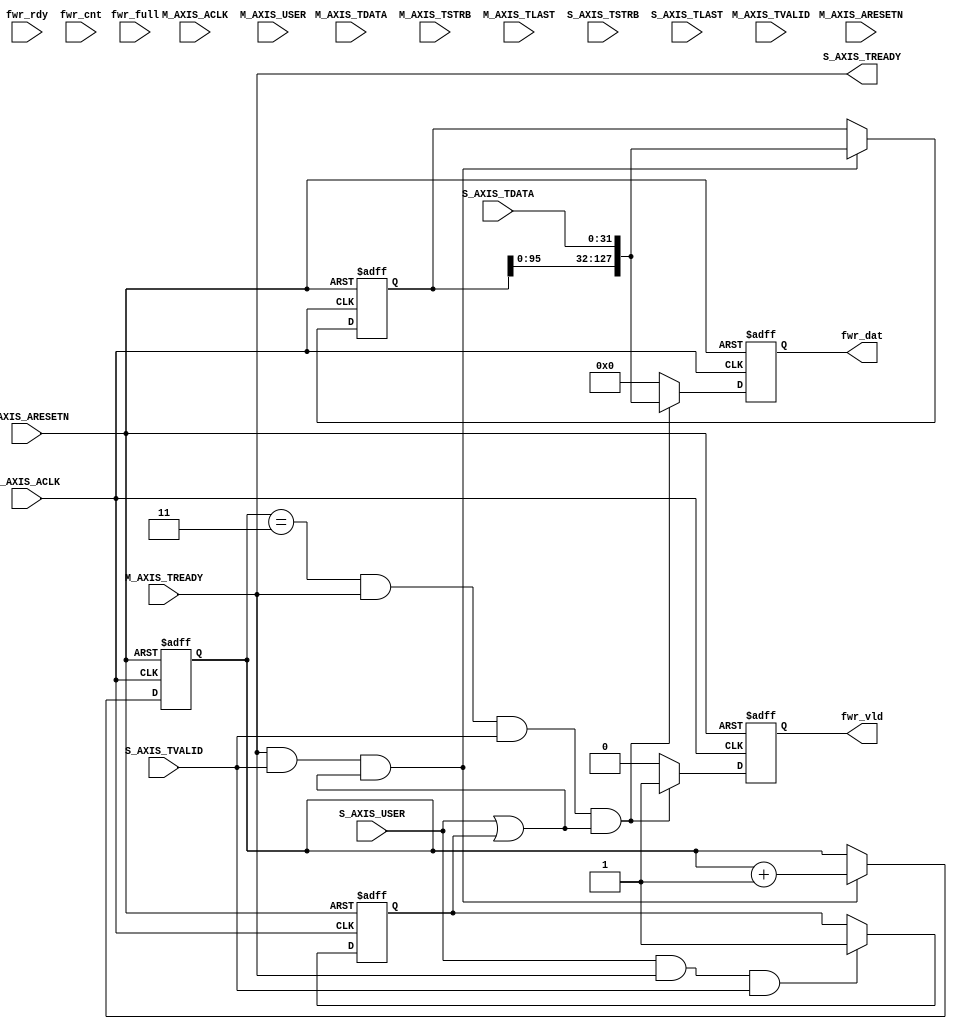
`timescale 1ns / 1ps
//////////////////////////////////////////////////////////////////////////////////
// Company: 
// Engineer: 
// 
// Design Name: 
// Module Name: axis2fifo
// Project Name: 
// Target Devices: 
// Tool Versions: 
// Description: 
// 
// Dependencies: 
// 
// Revision:
// Revision 0.01 - File Created
// Additional Comments:
// 
//////////////////////////////////////////////////////////////////////////////////


module axis2fifo#(
        //the max depth of the fifo: 2^FIFO_AW
        parameter FAW           = 8
		// AXI4Stream sink: Data Width
    ,   parameter AXIS_DATA_WIDTH	= 32
		// AXI4 sink: Data Width as same as the data depth of the fifo
    ,   parameter AXI4_DATA_WIDTH   = 128
)(
//----------------------------------------------------
// AXIS maxter port
	// Global ports
	    input wire M_AXIS_ACLK
	,   input wire M_AXIS_ARESETN
	// Master Stream Ports. TVALID indicates that the master is driving a valid transfer, A transfer takes place when both TVALID and TREADY are asserted.
	,   input wire M_AXIS_TVALID
	// TDATA is the primary payload that is used to provide the data that is passing across the interface from the master.
	,   input wire [AXIS_DATA_WIDTH-1 : 0] M_AXIS_TDATA
	// TSTRB is the byte qualifier that indicates whether the content of the associated byte of TDATA is processed as a data byte or a position byte.
	,   input wire [(AXIS_DATA_WIDTH/8)-1 : 0] M_AXIS_TSTRB
	// TLAST indicates the boundary of a packet.
	,   input wire M_AXIS_TLAST
	// TREADY indicates that the slave can accept a transfer in the current cycle.
	,   input wire M_AXIS_TREADY

	,   input wire M_AXIS_USER

//----------------------------------------------------
// AXIS slave port
    // AXI4Stream sink: Clock
    ,   input wire  S_AXIS_ACLK
    // AXI4Stream sink: Reset
    ,   input wire  S_AXIS_ARESETN
    // Ready to accept data in
    ,   output wire  S_AXIS_TREADY
    // Data in
    ,   input wire [AXIS_DATA_WIDTH-1 : 0] S_AXIS_TDATA
    // Byte qualifier
    ,   input wire [(AXIS_DATA_WIDTH/8)-1 : 0] S_AXIS_TSTRB
    // Indicates boundary of last packet
    ,   input wire  S_AXIS_TLAST
    // Data is in valid
    ,   input wire  S_AXIS_TVALID

    ,   input wire  S_AXIS_USER

//----------------------------------------------------
// FIFO forward: address related
    ,   input   wire fwr_rdy  
    ,   output  reg fwr_vld  
    ,   output  reg  [AXI4_DATA_WIDTH-1:0]     fwr_dat  
    ,   input   wire fwr_full
    ,   input   wire [FAW:0] fwr_cnt 
);
localparam data_interval = AXI4_DATA_WIDTH/AXIS_DATA_WIDTH;

assign  S_AXIS_TREADY = M_AXIS_TREADY;

reg     [$clog2(data_interval)-1 : 0]   data_buf_cnt;
reg     [AXI4_DATA_WIDTH-1 : 0]         fifo_data_buf;

reg     frame_valid = 0;

always@(posedge S_AXIS_ACLK or negedge S_AXIS_ARESETN) begin
    if(!S_AXIS_ARESETN) begin
        frame_valid     <=  0;
    end
    else if(S_AXIS_USER & S_AXIS_TREADY & S_AXIS_TVALID) begin
        frame_valid     <=  1;
    end
end

always@(posedge S_AXIS_ACLK or negedge S_AXIS_ARESETN) begin
    if(!S_AXIS_ARESETN) begin
        data_buf_cnt    <=  0;
    end
    else if(S_AXIS_TREADY & S_AXIS_TVALID & (S_AXIS_USER | frame_valid)) begin
        data_buf_cnt    <=  data_buf_cnt == data_interval? 0 : data_buf_cnt + 1;
    end
end

always@(posedge S_AXIS_ACLK or negedge S_AXIS_ARESETN) begin
    if(!S_AXIS_ARESETN) begin
        fifo_data_buf   <=  0;
    end
    else if(S_AXIS_TREADY & S_AXIS_TVALID & (S_AXIS_USER | frame_valid)) begin
        fifo_data_buf   <=  {fifo_data_buf[0+:AXI4_DATA_WIDTH-AXIS_DATA_WIDTH], S_AXIS_TDATA};
    end
end

always@(posedge S_AXIS_ACLK or negedge S_AXIS_ARESETN) begin
    if(!S_AXIS_ARESETN) begin
        fwr_vld <= 1'b0;
        fwr_dat <= 0;
    end 
    else if((data_buf_cnt == data_interval-1) & S_AXIS_TREADY & S_AXIS_TVALID & (S_AXIS_USER | frame_valid)) begin
        fwr_vld <= 1'b1;
        fwr_dat <= {fifo_data_buf[0+:AXI4_DATA_WIDTH-AXIS_DATA_WIDTH], S_AXIS_TDATA}; 
    end
    else begin
        fwr_vld <= 1'b0;
        fwr_dat <= 0;
    end
end



// function called clogb2 that returns an integer which has the 
// value of the ceiling of the log base 2.                      
function integer clogb2 (input integer bit_depth);              
begin                                                           
for(clogb2=0; bit_depth>0; clogb2=clogb2+1)                   
    bit_depth = bit_depth >> 1;                                 
end                                                           
endfunction    




endmodule